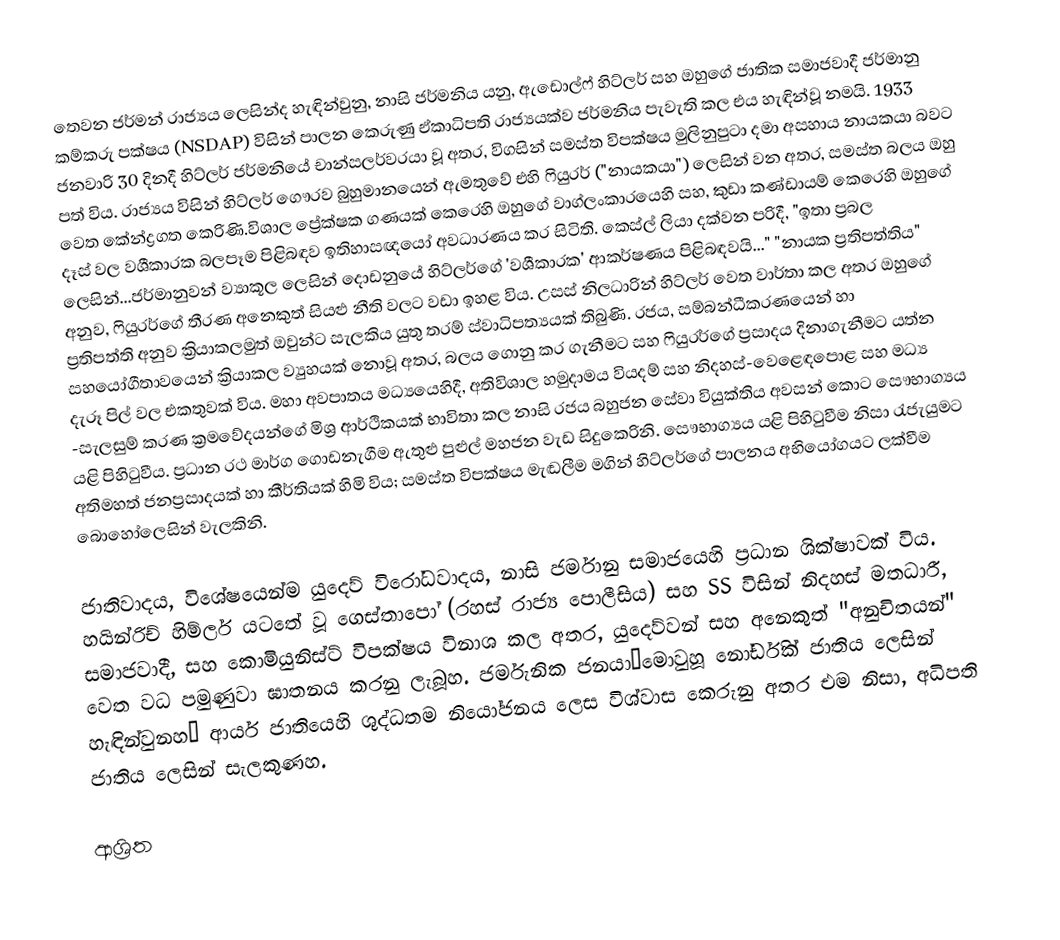
තෙවන ජර්මන් රාජ්‍යය ලෙසින්ද හැඳින්වුනු, නාසි ජර්මනිය යනු, ඇඩොල්ෆ් හිට්ලර් සහ ඔහුගේ ජාතික සමාජවාදී ජර්මානු කම්කරු පක්ෂය (NSDAP) විසින් පාලන කෙරුණු  ඒකාධිපති රාජ්‍යයක්ව ජර්මනිය පැවැති කල එය හැඳින්වූ නමයි. 1933 ජනවාරි 30 දිනදී හිට්ලර් ජර්මනියේ චාන්සලර්වරයා වූ අතර, විගසින් සමස්ත විපක්ෂය මුලිනුපුටා දමා අසහාය නායකයා බවට පත් විය. රාජ්‍යය විසින් හිට්ලර් ගෞරව බුහුමානයෙන් ඇමතුවේ එහි ෆියුරර් ("නායකයා") ලෙසින් වන අතර, සමස්ත බලය ඔහු වෙත කේන්ද්‍රගත කෙරිණි.විශාල ප්‍රේක්ෂක ගණයක් කෙරෙහි ඔහුගේ වාග්ලංකාරයෙහි  සහ, කුඩා කණ්ඩායම් කෙරෙහි ඔහුගේ දෑස් වල වශීකාරක බලපෑම පිළිබඳව ඉතිහාසඥයෝ  අවධාරණය කර සිටිති. කෙස්ල් ලියා දක්වන පරිදී, "ඉතා ප්‍රබල ලෙසින්...ජර්මානුවන් ව්‍යාකූල ලෙසින් දොඩනුයේ  හිට්ලර්ගේ 'වශීකාරක' ආකර්ෂණය පිළිබඳවයි..." "නායක ප්‍රතිපත්තිය" අනුව, ෆියුරර්ගේ තීරණ අනෙකුත් සියළු නීති වලට වඩා ඉහළ විය. උසස් නිලධාරින් හිට්ලර් වෙත වාර්තා කල අතර ඔහුගේ ප්‍රතිපත්ති අනුව ක්‍රියාකලමුත් ඔවුන්ට සැලකිය යුතු තරම්  ස්වාධිපත්‍යයක් තිබුණි. රජය,  සම්බන්ධීකරණයෙන් හා සහයෝගීතාවයෙන් ක්‍රියාකල ව්‍යුහයක් නොවූ අතර, බලය ගොනු කර ගැනීමට සහ ෆියුරර්ගේ ප්‍රසාදය දිනාගැනීමට යත්න දැරූ පිල් වල එකතුවක් විය.  මහා අවපාතය මධ්‍යයෙහිදී, අතිවිශාල හමුදාමය වියදම් සහ නිදහස්-වෙළෙඳපොළ සහ මධ්‍ය -සැලසුම් කරණ ක්‍රමවේදයන්ගේ මිශ්‍ර ආර්ථිකයක් භාවිතා කල නාසි රජය  බහුජන සේවා වියුක්තිය අවසන් කොට සෞභාග්‍යය යළි පිහිටුවීය. ප්‍රධාන රථ මාර්ග ගොඩනැගීම ඇතුළු පුළුල් මහජන වැඩ සිදුකෙරිනි. සෞභාග්‍යය යළි පිහිටුවීම නිසා  රැජැයුමට අතිමහත් ජනප්‍රසාදයක් හා කීර්තියක් හිමි විය; සමස්ත විපක්ෂය මැඬලීම මගින් හිට්ලර්ගේ පාලනය අභියෝගයට ලක්වීම බොහෝලෙසින්  වැලකිනි.

ජාතිවාදය, විශේෂයෙන්ම  යුදෙව් විරෝධවාදය, නාසි ජර්මානු සමාජයෙහි ප්‍රධාන ශික්ෂාවක් විය. හයින්රිච් හිම්ලර් යටතේ වූ ගෙස්තාපෝ (රහස් රාජ්‍ය පොලීසිය) සහ  SS විසින් නිදහස් මතධාරී, සමාජවාදී, සහ කොමියුනිස්ට් විපක්ෂය විනාශ කල අතර, යුදෙව්වන් සහ අනෙකුත් "අනුචිතයන්" වෙත වධ පමුණුවා ඝාතනය කරනු ලැබූහ. ජර්මැනික ජනයා—මොවුහූ නෝර්ඩික් ජාතිය ලෙසින් හැඳින්වුනහ— ආර්ය ජාතියෙහි ශුද්ධතම නියෝජනය ලෙස විශ්වාස කෙරුනු අතර එම නිසා, අධිපති ජාතිය ලෙසින් සැලකුණහ.

ආශ්‍රිත